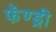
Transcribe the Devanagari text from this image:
फॅण्ड्री